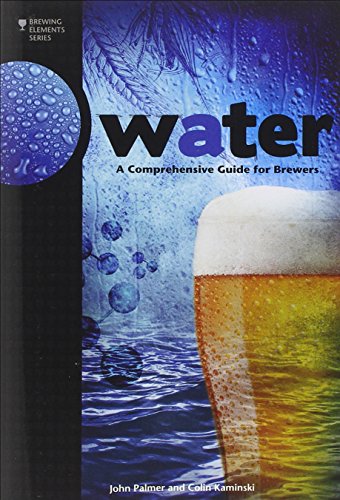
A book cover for Water: A Comprehensive Guide for Brewers (Brewing Elements); John Palmer; Cookbooks, Food & Wine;